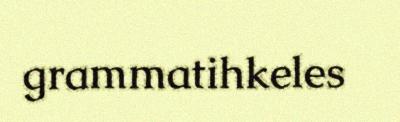
grammatihkeles